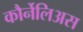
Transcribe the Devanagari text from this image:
कौर्नेलिअस